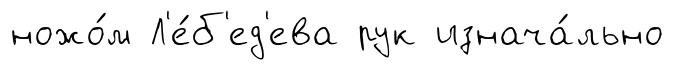
ножо́м Л'е́б'ед'ева рук изнача́льно